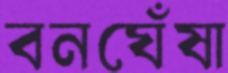
বনঘেঁষা